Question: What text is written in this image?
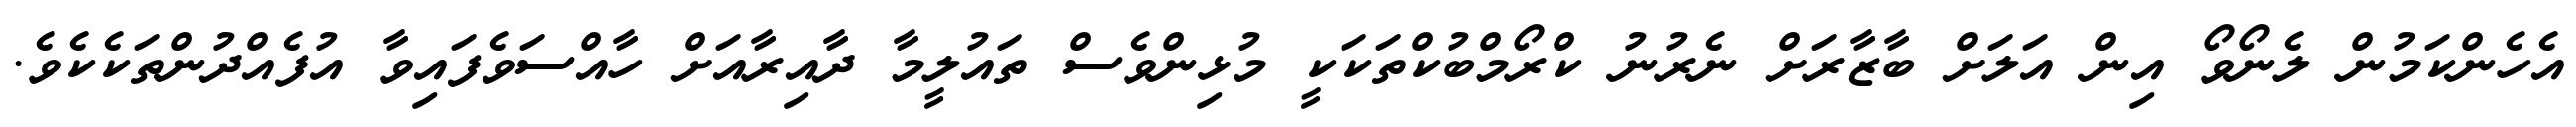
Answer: އެހެންކަމުން ލެނޯވޯ އިން އަލަށް ބާޒާރަށް ނެރުނު ކްރޯމްބުކްތަކަކީ މުޅިންވެސް ތައުލީމާ ދާއިރާއަށް ހާއްސަވެފައިވާ އުފެއްދުންތަކެކެވެ.